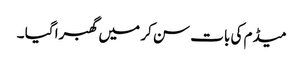
میڈم کی بات سن کر میں گھبرا گیا ۔